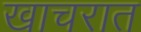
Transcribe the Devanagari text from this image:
खाचरात